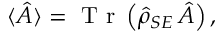
\langle \hat { A } \rangle = \textrm { T r } \left( \hat { \rho } _ { S E } \, \hat { A } \right) ,